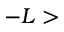
- L >